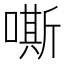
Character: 嘶